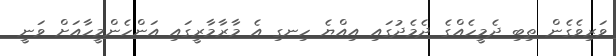
ވަރިވެގެން ތިބި ދެމީހެއްގެ ދެމެދުގައި އިއްޔެ ހިނގި އެ މާރާމާރީގައި އަންހެންމީހާއަށް ވަނީ